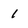
Character: 1